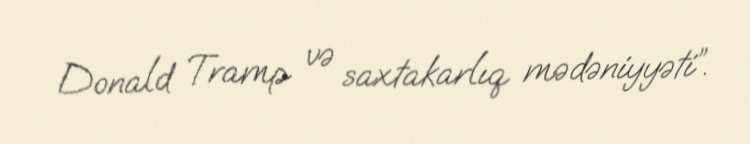
Donald Tramp və saxtakarlıq mədəniyyəti”.